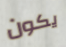
يكون